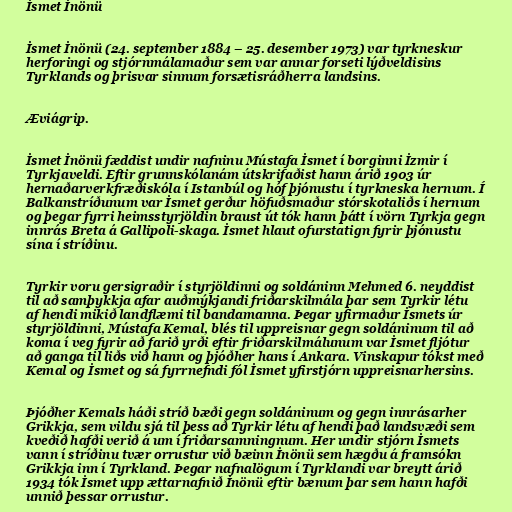
İsmet İnönü

İsmet İnönü (24. september 1884 – 25. desember 1973) var tyrkneskur
herforingi og stjórnmálamaður sem var annar forseti lýðveldisins
Tyrklands og þrisvar sinnum forsætisráðherra landsins.

Æviágrip.

İsmet İnönü fæddist undir nafninu Mústafa İsmet í borginni İzmir í
Tyrkjaveldi. Eftir grunnskólanám útskrifaðist hann árið 1903 úr
hernaðarverkfræðiskóla í Istanbúl og hóf þjónustu í tyrkneska hernum. Í
Balkanstríðunum var İsmet gerður höfuðsmaður stórskotaliðs í hernum
og þegar fyrri heimsstyrjöldin braust út tók hann þátt í vörn Tyrkja gegn
innrás Breta á Gallipoli-skaga. İsmet hlaut ofurstatign fyrir þjónustu
sína í stríðinu.

Tyrkir voru gersigraðir í styrjöldinni og soldáninn Mehmed 6. neyddist
til að samþykkja afar auðmýkjandi friðarskilmála þar sem Tyrkir létu
af hendi mikið landflæmi til bandamanna. Þegar yfirmaður İsmets úr
styrjöldinni, Mústafa Kemal, blés til uppreisnar gegn soldáninum til að
koma í veg fyrir að farið yrði eftir friðarskilmálunum var İsmet fljótur
að ganga til liðs við hann og þjóðher hans í Ankara. Vinskapur tókst með
Kemal og İsmet og sá fyrrnefndi fól İsmet yfirstjórn uppreisnarhersins.

Þjóðher Kemals háði stríð bæði gegn soldáninum og gegn innrásarher
Grikkja, sem vildu sjá til þess að Tyrkir létu af hendi það landsvæði sem
kveðið hafði verið á um í friðarsamningnum. Her undir stjórn İsmets
vann í stríðinu tvær orrustur við bæinn İnönü sem hægðu á framsókn
Grikkja inn í Tyrkland. Þegar nafnalögum í Tyrklandi var breytt árið
1934 tók İsmet upp ættarnafnið İnönü eftir bænum þar sem hann hafði
unnið þessar orrustur.